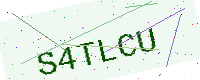
Text: S4TLCU